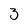
Character: 3